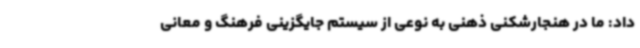
داد: ما در هنجارشکنی ذهنی به نوعی از سیستم جایگزینی فرهنگ و معانی